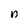
Character: n